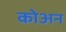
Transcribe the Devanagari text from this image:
कोअन